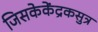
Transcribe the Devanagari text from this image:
जिसकेकेंद्रकसुत्र